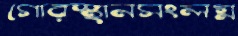
গোরস্থানসংলগ্ন